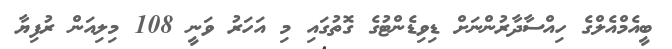
ބީއެމްއެލްގެ ހިއްސާދާރުންނަށް ޑިވިޑެންޓުގެ ގޮތުގައި މި އަހަރު ވަނީ 108 މިލިއަން ރުފިޔާ